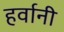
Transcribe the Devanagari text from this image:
हर्वानी